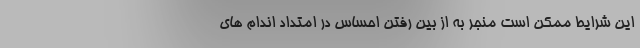
این شرایط ممکن است منجر به از بین رفتن احساس در امتداد اندام های